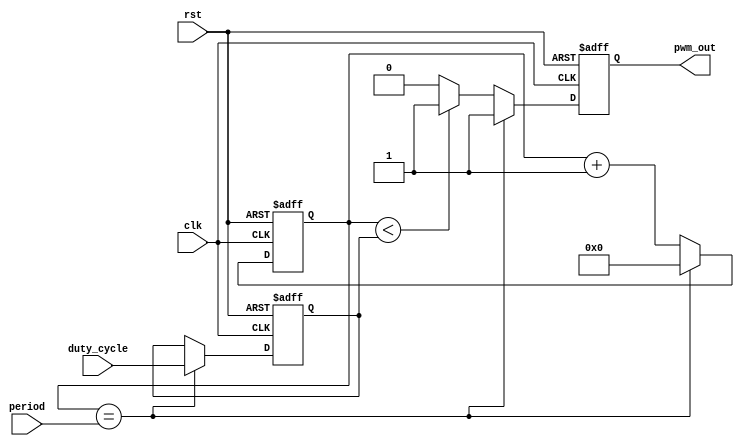
module PWM_Timer (
    input wire clk,
    input wire rst,
    input wire [15:0] period,
    input wire [15:0] duty_cycle,
    output reg pwm_out
);

reg [15:0] count;
reg [15:0] pwm_duty;

always @(posedge clk or posedge rst) begin
    if (rst) begin
        count <= 0;
        pwm_duty <= 0;
        pwm_out <= 0;
    end else begin
        if (count == period) begin
            count <= 0;
            pwm_out <= 1;
            pwm_duty <= duty_cycle;
        end else begin
            count <= count + 1;
            if (count < pwm_duty) begin
                pwm_out <= 1;
            end else begin
                pwm_out <= 0;
            end
        end
    end
end

endmodule